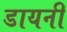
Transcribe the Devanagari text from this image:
डायनी